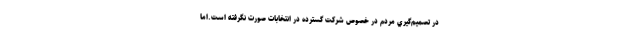
در تصميم‌گيري مردم در خصوص شركت گسترده در انتخابات صورت نگرفته است.اما